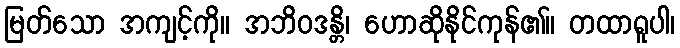
မြတ်သော အကျင့်ကို။ အဘိဝဒန္တိ၊ ဟောဆိုနိုင်ကုန်၏။ တထာရူပါ၊